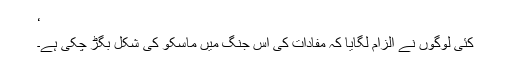
‘
کئی لوگوں نے الزام لگایا کہ مفادات کی اس جنگ میں ماسکو کی شکل بگڑ چکی ہے۔